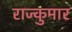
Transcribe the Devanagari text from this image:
राज्कुमार